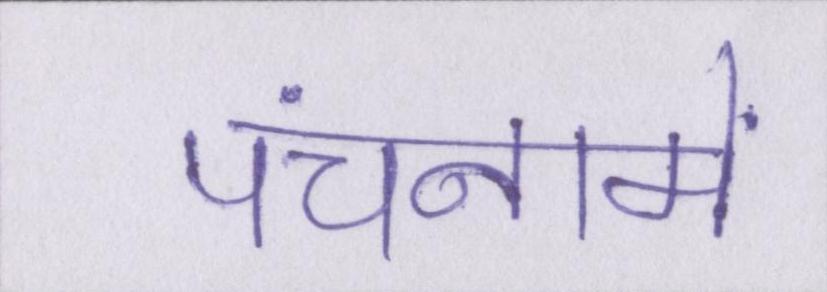
पंचनामें